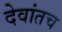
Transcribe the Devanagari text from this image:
देवांतच